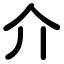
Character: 介